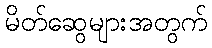
မိတ်ဆွေများအတွက်